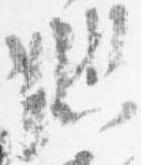
悲